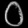
Digit: ၀